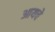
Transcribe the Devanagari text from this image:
आयचे